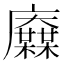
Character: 𢌋